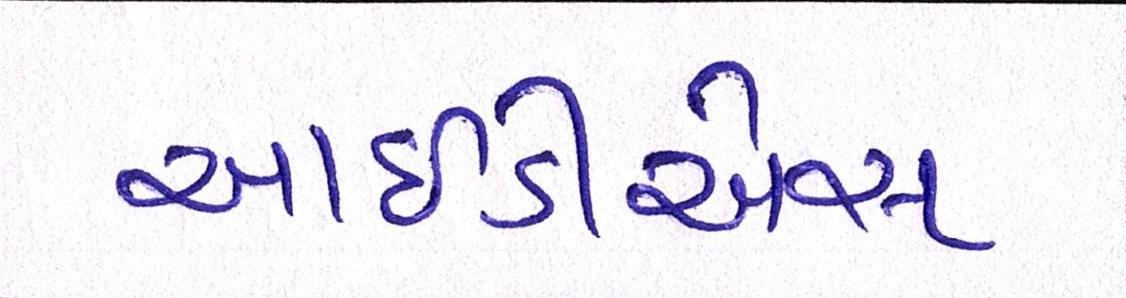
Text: આઇડીએસ